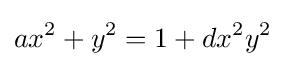
ax^{2}+y^{2}=1+dx^{2}y^{2}